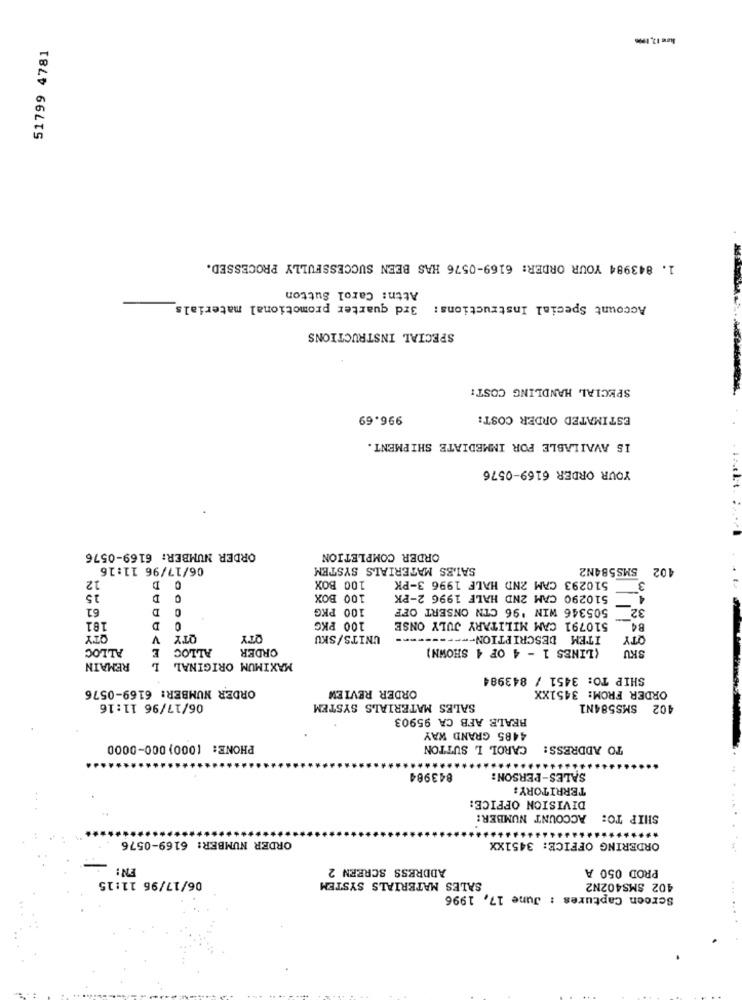
51799 4781
1. 843984 YOUR ORDER: 6169-0576 HAS BEEN SUCCESSFULLY PROCESSED.
Attn: Carol Sutton
3rd quarter promotional materials
Account Special Instructions :
SPECIAL INSTRUCTIONS
SPECIAL HANDLING COST:
996.69
ESTIMATED ORDER COST:
IS AVAILABLE FOR IMMEDIATE SHIPMENT.
YOUR ORDER 6169-0576
ORDER NUMBER: 6169-0576
ORDER COMPLETION
06/17/96 11:16
SALES MATERIALS SYSTEM
SMS 584N2
402
510293 CAM 2ND HALE 1996 3-PK
12
D
100 BOX
3
15
D
100 BOX
510290 CAM 2ND HALF 1996 2-PK
4
61
D
100 PKG
505346 WIN '96 CTN ONSERT OFF
32
181
D
100 PKG
510791 CAM MILITARY JULY ONSE
B4
OTY
V
QTY
QTY
UNITS/SKU
ITEM DESCRIPTION -----------
QTY
ALLOC
E
ALLOC
ORDER
(LINES 1 - 4 OF 4 SHOWN)
SKU
REMAIN
L
MAXIMUM ORIGINAL
SHIP TO: 3451 / 843984
ORDER NUMBER: 6169-0576
ORDER REVIEW
ORDER FROM: 3451XX
06/17/96 11:16
SALES MATERIALS SYSTEM
402 SMS584N1
REALE AFB CA 95903
4485 GRAND WAY
PHONE: (000) 000-0000
CAROL L SUTTON
TO ADDRESS:
843984
SALES-PERSON:
TERRITORY:
DIVISION OFFICE:
ACCOUNT NUMBER:
SHIP TO:
ORDER NUMBER: 6169-0576
ORDERING OFFICE: 3451XX
EN:
ADDRESS SCREEN 2
PROD 050 A
06/17/96 11:15
SALES MATERIALS SYSTEM
402 SMS402N2
Screen Captures : June 17, 1996